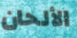
الألحان